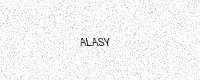
Text: ALASY